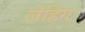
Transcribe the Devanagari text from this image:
लेहिग